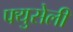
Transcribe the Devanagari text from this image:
फ्युसेली